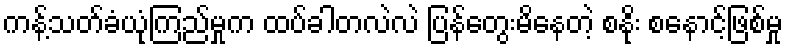
ကန့်သတ်ခံယုံကြည်မှုက ထပ်ခါတလဲလဲ ပြန်တွေးမိနေတဲ့ စနိုး စနောင့်ဖြစ်မှု